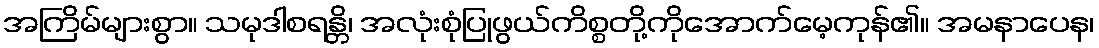
အကြိမ်များစွာ။ သမုဒါစရန္တိ၊ အလုံးစုံပြုဖွယ်ကိစ္စတို့ကိုအောက်မေ့ကုန်၏။ အမနာပေန၊